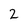
Character: 2